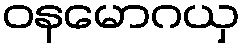
ဝနမောဂယှ